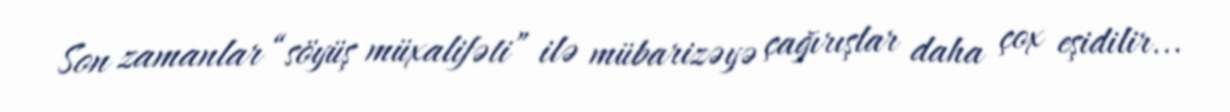
Son zamanlar “söyüş müxalifəti” ilə mübarizəyə çağırışlar daha çox eşidilir...